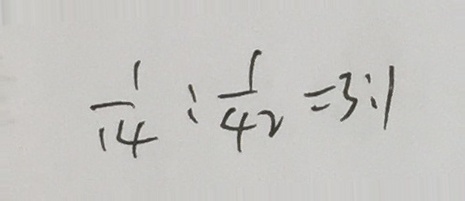
\frac { 1 } { 1 4 } : \frac { 1 } { 4 2 } = 3 : 1